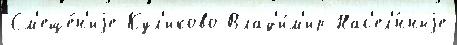
См'еще́н'иjе Кул'иково Влад'и́м'ир Нас'ел'́нныjе